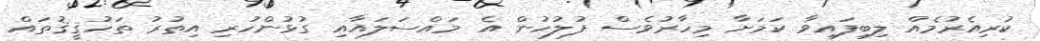
ކުރިއެރުމެއް ލިބިފައިވާ ކަމަށާ މިހާރުވެސް ފުލުހުން އެ މައްސަލައާއި ގުޅުންހުރި އިތުރު ތަހުޤީޤުތައް